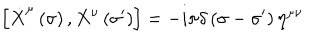
LaTeX: \left[ \dot { X } ^ { \mu } \left( \sigma \right) , X ^ { \nu } \left( \sigma ^ { \prime } \right) \right] = - i \pi \delta \left( \sigma - \sigma ^ { \prime } \right) \eta ^ { \mu \nu }